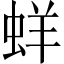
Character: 蛘